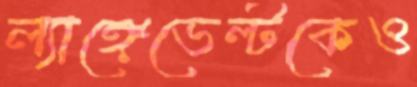
ল্যাঙ্গেভেল্টকেও